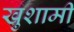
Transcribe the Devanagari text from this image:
खुशामी